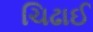
ચિઢાઈ